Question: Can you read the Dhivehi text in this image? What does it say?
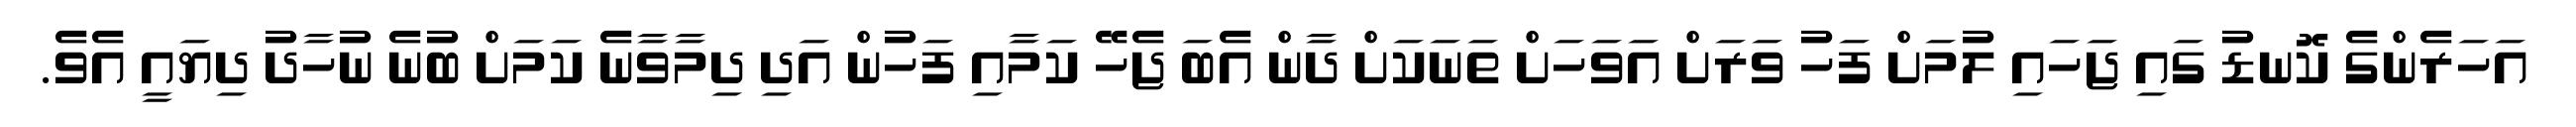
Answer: އަހަރެންގެ ކޮނޑު ގައި ޖަހައި ލުމަށް ފަހު ވަރަށް އަވަހަށް ތަނަކަށް ދާން އެބަ ޖެހޭ ކަމާއި ފަހުން އަދި ދިމާވާނެ ކަމަށް ބުނެ ނުހާދު ދިޔައީ އެވެ.